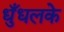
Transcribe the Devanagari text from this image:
धुँधलके